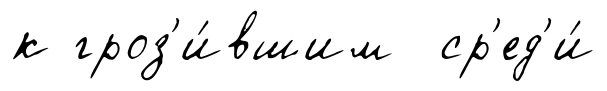
к гроз'и́вшим ср'ед'и́